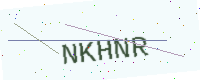
Text: NKHNR